Vaccination in Bombay 1913-1923 - 1913-1923
Year: 1913
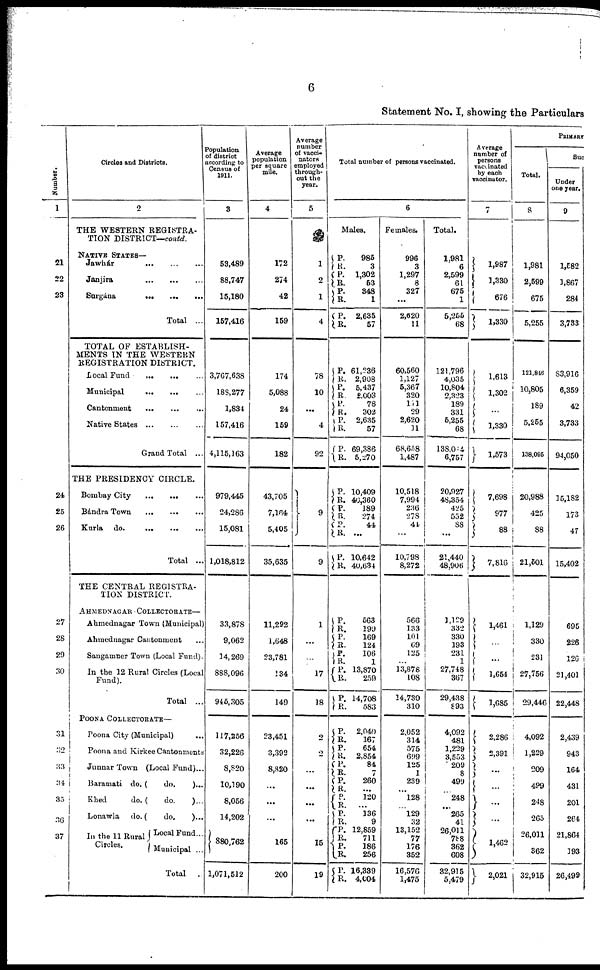
6
Statement No. I, showing the Particulars
Number.
1
21
22
23
24
25
26
27
28
29
30
31
32
33
34
35
36
37
Circles and Districts.
2
THE WESTERN REGISTRA-
TION DISTRICT—contd.
NATIVE STATES —
Jawhár
...
...
...
Janjira
...
...
...
Surgána ... ... ...
Total ...
TOTAL OF ESTABLISH-
MENTS IN THE WESTERN
REGISTRATION DISTRICT.
Local Fund
...
...
...
Municipal
...
...
...
Cantonment
...
...
...
Native States
...
...
...
Grand Total ...
THE PRESIDENCY CIRCLE.
Bombay City
...
...
...
Bándra Town
...
...
...
Kurla
do.
...
...
...
Total ...
THE CENTRAL REGISTRA-
TION DISTRICT.
AHMEDNAGAR COLLECTORATE—
Ahmednagar Town (Municipal)
Ahmednagar Cantonment ...
Sangamner Town (Local Fund).
In the 12 Rural Circles (Local
Fund ).
Total
...
POONA COLLECTORATE—
Poona City (Municipal) ...
Poona and Kirkee Cantonments
Junnar Town (Local Fund)...
Baramati do. (
do.
)...
Khed
do. (
do.
)...
Lonawla
do. (
do,
)...
In the 11 Rural
Circles.
Local Fund...
Municipal ...
Total
.
Population
of district
according to
Census of
1911.
3
53,489
88,747
15,180
157,416
3,767,638
188,277
1,834
157,416
4,115,163
979,445
24,286
15,081
1,018,812
33,878
9,062
14,269
888,096
945,305
117,256
32,226
8,820
10,190
8,056
14,202
880,762
1,071,512
Average
population
per square
mile.
4
172
274
42
159
174
5,088
24
159
182
43,705
7,164
5,405
35,635
11,292
1,648
23,781
134
149
23,451
3,392
8,820
...
...
...
165
200
Average
number
of vacci-
nators
employed
through-
out the
year.
5
1
2
1
4
78
10
...
4
92
9
9
1
...
...
17
18
2
2
...
...
...
...
15
19
Total number of persons vaccinated.
6
Males.
P.
R.
P.
R.
P.
R.
P.
R.
P.
R.
P.
R.
P.
R.
P.
R.
P.
R.
P.
R.
P.
R. P.
R.
P.
R.
P.
R.
P.
R.
P.
R.
P.
R.
P.
R.
P.
R.
P.
R.
P.
R.
P.
R.
P.
R.
P.
R.
P. R.
P.
R.
P.
R.
985
3
1,302
53
348
1
2,635
57
61,236
2,908
5,437
2,003
78
302
2,635
57
69,386
5,270
10,409
40,360
189
274
44
...
10,642
40,634
563
199
169
124
106
1
13,870
259
14,708
583
2,040
167
654
2,854
84
7
260
...
120
...
136
9
12,859
711
186
256
16,339
4,004
Females.
996
3
1,297
8
327
...
2,620
11
60,560
1,127
5,367
320
111
29
2,620
11
68,658
1,487
10,518
7,994
236
278
44
...
10,798
8,272
566
133
101
69
125
...
13,878
108
14,730
310
2,052
314
575
699
125
1
239
...
128
...
129
32
13,152
77
176
352
16,576
1,475
Total.
1,981
6
2,599
61
675
1
5,255
68
121,796
4,035
10,804
2,323
189
331
5,255
68
138,014
6,757
20,927
48,354
425
552
88
...
21,440
48,906
Average
number of
persons
vaccinated
by each
vaccinator.
7
1,987
1,330
676
1,330
1,613
1,302
...
1,330
1,573
7,698
977
88
7,816
1,129
332
330
193
231
1
27,748
367
29,438
893
4,092
481
1,229
3,553
209
8
499
...
248
...
265
41
26,011
788
362
608
32,915
5,479
1,461
...
...
1,654
1,685
2,286
2,391
...
...
...
...
1,462
2,021
PRIMARY
Total.
8
1,981
2,599
675
5,255
121,846
10,805
189
5,255
138,095
20,988
425
88
21,501
1,129
330
231
27,756
29,446
4,092
1,229
209
499
248
265
26,011
362
32,915
Suc
Under
one year.
9
1,582
1,867
284
3,733
83,916
6,359
42
3,733
94,050
15,182
173
47
15,402
695
226
126
21,401
22,448
2,439
943
164
431
201
264
21,864
193
26,499